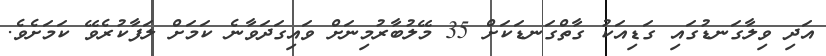
އަދި ވިލާގަނޑުގައި ގަޑިއަކު ގާތްގަނޑަކަށް 35 މޭލުބާރުމިނަށް ވައިގަދަވާނެ ކަމަށް ލަފާކުރެވޭ ކަމަށެވެ.